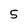
Character: 5